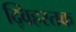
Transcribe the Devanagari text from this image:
द्विहस्तक